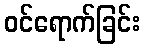
ဝင်ရောက်ခြင်း